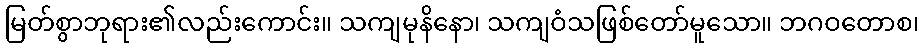
မြတ်စွာဘုရား၏လည်းကောင်း။ သကျမုနိနော၊ သကျဝံသဖြစ်တော်မူသော။ ဘဂဝတောစ၊